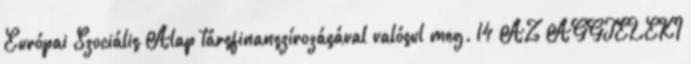
Európai Szociális Alap társfinanszírozásával valósul meg. 14 AZ AGGTELEKI